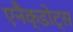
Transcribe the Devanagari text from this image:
एनैक्डोट्स